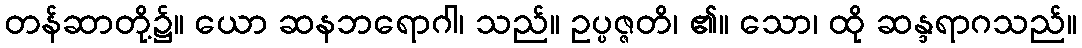
တန်ဆာတို့၌။ ယော ဆနဘရောဂါ၊ သည်။ ဥပ္ပဇ္ဇတိ၊ ၏။ သော၊ ထို ဆန္ဒရာဂသည်။